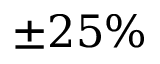
\pm 2 5 \%